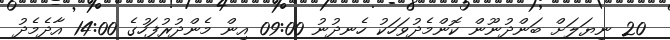
20 ނިޔަލަށް ބަންދުނޫން ކޮންމެދުވަހަކު ހެނދުނު 09:00 އިން މެންދުރުފަހުގެ 14:00 އާދެމެދު